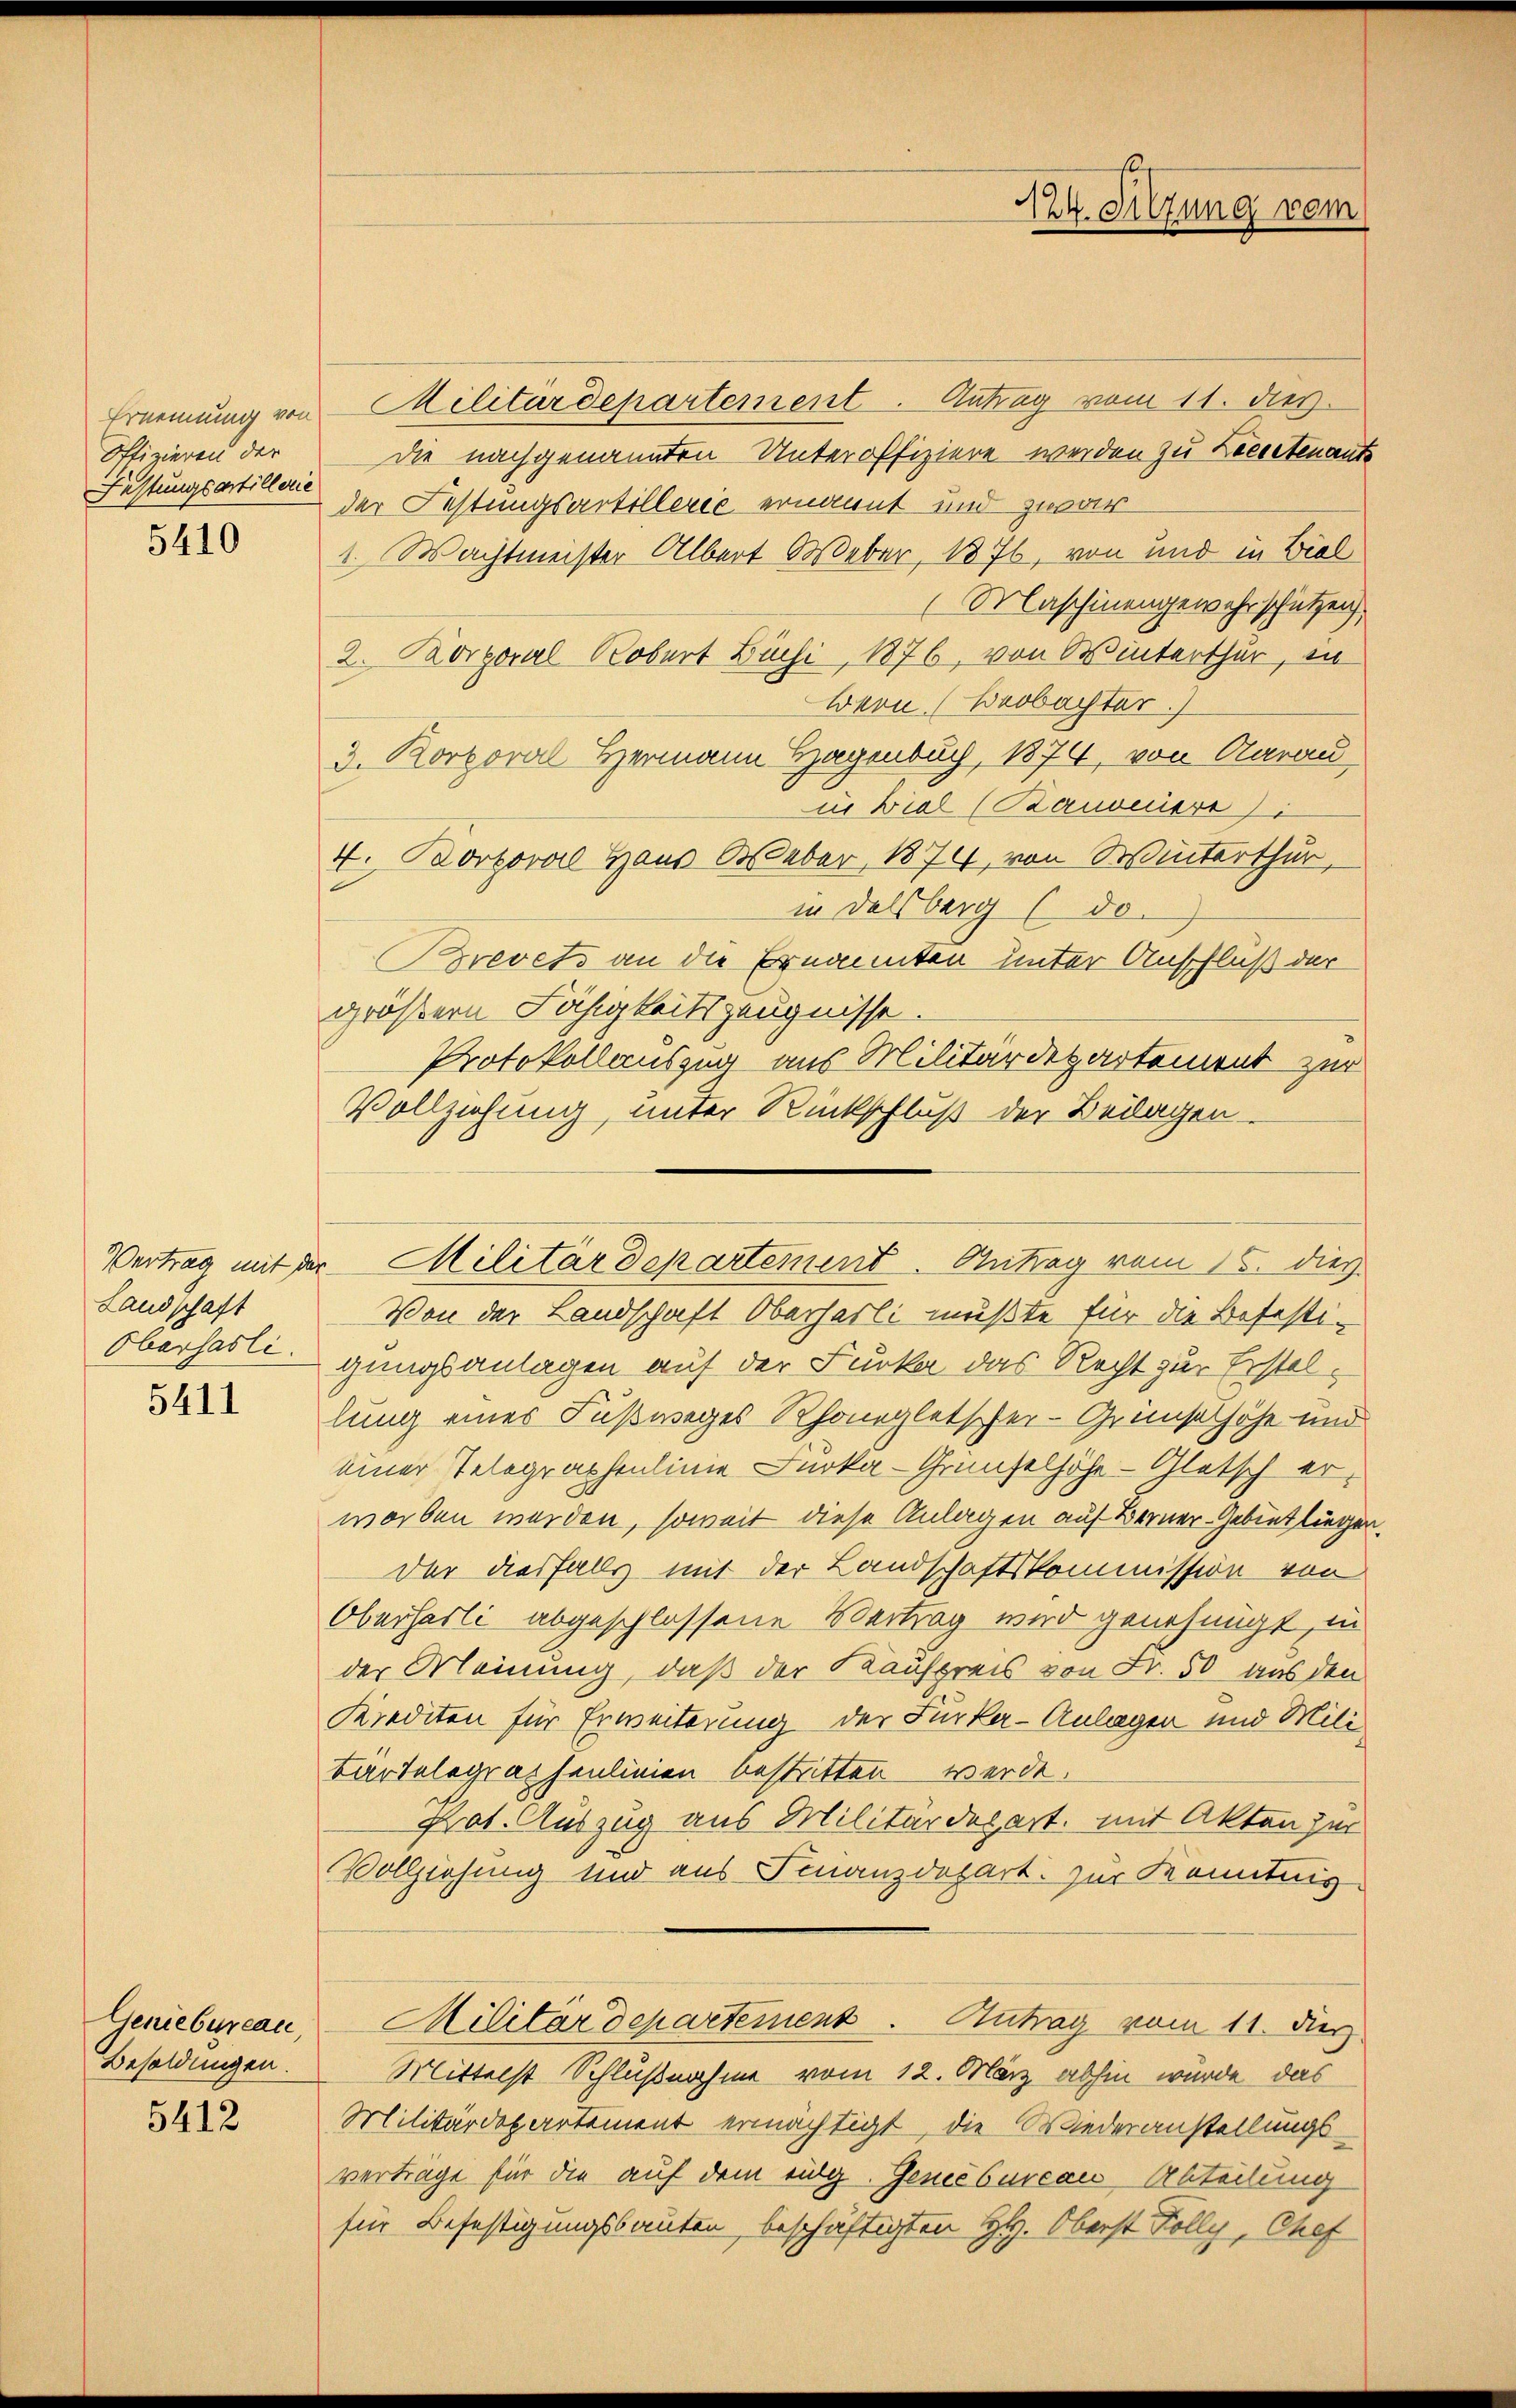
Ernennung von
Offizieren der
Festungsartillerie

5410

Landschaft
Oberhasli.

5411

Geniebureau,
Besoldungen.

5412

Militärdepartement. Antrag vom 11. dies
die nachgenannten Unteroffiziere werden zu Leeretenante
der Festungsartillerie ernannt und zwar
1. Machtmeister Albert Weber, 1876, von und in Biel
Maschinengewahrschützen,
2. Korporal Robert Büchi, 1876, von Winterthur, in
wern Beobachter.
3. Korporal Hermann Hagenbuch, 1874, von Aarau
in Biel (Banoniere
4. Portoral Haus Weber, 1874, von Winterthur,
in Delsberg (do
Brevets an die Ernannten unter Anschluß der
größern Fähigkeitszeugnisse.
Protokollauszug aus Militärdepartement zur
Vollziehung, unter Rückschluß der Beilagen.
Von der Landschaft Oberharli mußte für die Befesti-
gungsanlagen auf der Furka das Recht zur Erstellung eines Fußweges Rhonegletscher-Grünselhöhe und
einer Telegraphenlinie Furka - Grünselhöhe - Glatsch erworben werden, soweit diese Anlagen auf Berner Gebietliegen.
der diesfalls mit der Landschaftskommission von
Oberhasli abgeschlossene Vertrag wird genehmigt, in
der Meinung, daß der Kaufpreis von Fr. 50 aus den
Krediten für Erweiterung der Furkar-Anlagen und Mili
Bärtelegraphenlinien bestritten werde.
Prot. Auszug aus Militärdepart, mit Akten zur
Vollziehung und aus Finanzdepart. zur Kenntnis
Militärdepartement. Antrag vom 11. ds.
Mittelst Schlußnahme vom 12. März abhin wurde das
Militärdepartement ermächtigt, die Wiederanstellungsverträge für die auf dem eidg. Genebureau, Abteilung
für Befestigungsbauten beschäftigten HH. Oberst Folly, Chef

Vertrag mit der Militärdepartement. Antrag vom 15. dies

124. Sitzung vom